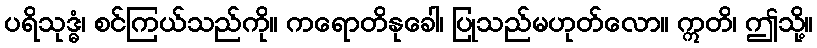
ပရိသုဒ္ဓံ၊ စင်ကြယ်သည်ကို။ ကရောတိနုခေါ၊ ပြုသည်မဟုတ်လော။ ဣတိ၊ ဤသို့။